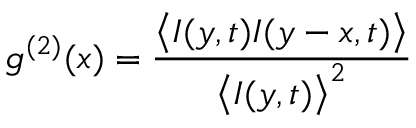
g ^ { ( 2 ) } ( x ) = \frac { \bigl \langle I ( y , t ) I ( y - x , t ) \bigr \rangle } { \bigl \langle I ( y , t ) \bigr \rangle ^ { 2 } }